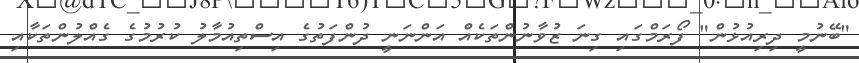
"ބޭނުމީ ދިރިއުޅުން" ފޯރަމްގައި ގިނަ ޒުވާނުންތަކެއް އަންނަނީ ދުންފަތުގެ އިސްތިއުމާލު ކުރުމުގެ ގެއްލުންތަކާއި